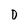
Character: D